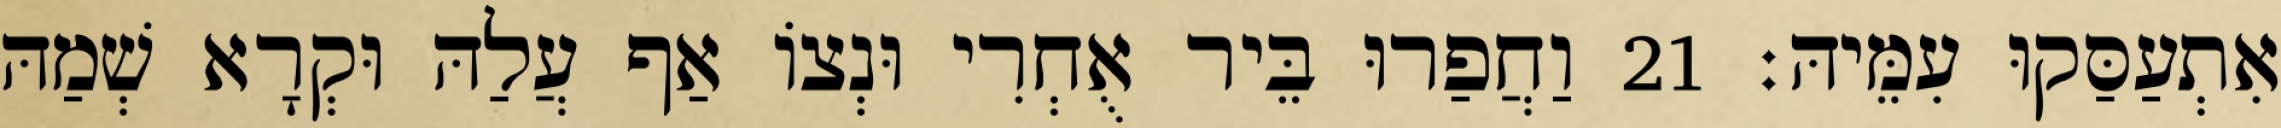
אִתְעַסַּקוּ עִמֵּיהּ׃ 21 וַחֲפַרוּ בֵּיר אֻחְרִי וּנְצוֹ אַף עֲלַהּ וּקְרָא שְׁמַהּ